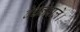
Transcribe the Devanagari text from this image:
बेचनेवाले।